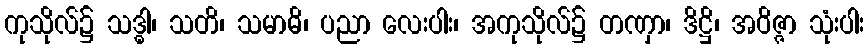
ကုသိုလ်၌ သဒ္ဓါ၊ သတိ၊ သမာဓိ၊ ပညာ လေးပါး၊ အကုသိုလ်၌ တဏှာ၊ ဒိဋ္ဌိ၊ အဝိဇ္ဇာ သုံးပါး